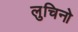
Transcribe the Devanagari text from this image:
लुचिनो